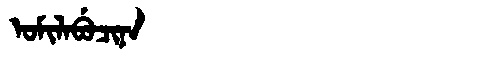
Manchu: ᠣᠮᡳᠯᠠᠪᡠᠴᡳᠨᠠ
Romanization: OMILABUCINA